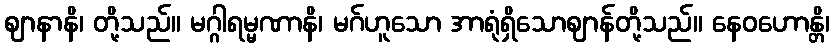
ဈာနာနိ၊ တို့သည်။ မဂ္ဂါရမ္မဏာနိ၊ မဂ်ဟူသော အာရုံရှိသောဈာန်တို့သည်။ နေဝဟောန္တိ၊